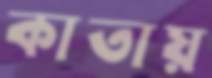
কাতায়